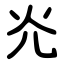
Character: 灮